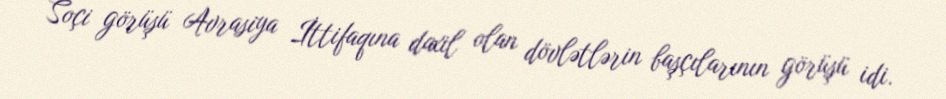
Soçi görüşü Avrasiya İttifaqına daxil olan dövlətlərin başçılarının görüşü idi.